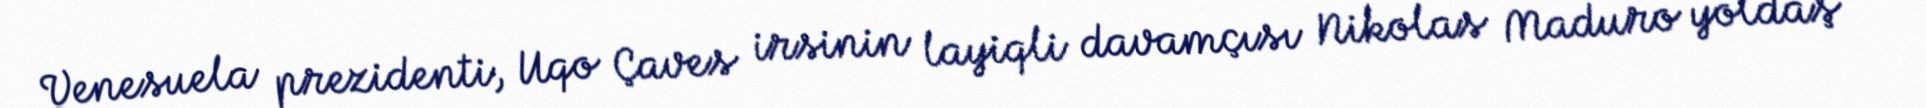
Venesuela prezidenti, Uqo Çaves irsinin layiqli davamçısı Nikolas Maduro yoldaş